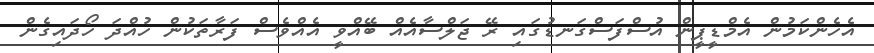
އެހެންކަމުން އެމްޑީޕީން އުސްފަސްގަނޑުގައި ރޭ ޖަލްސާއެއް ބޭއްވީ އެއްވެސް ފަރާތަކުން ހުއްދަ ހޯދައިގެން